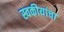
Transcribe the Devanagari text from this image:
स्वकीयांचा